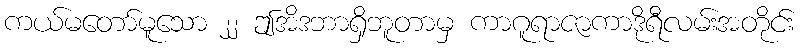
ကယ်မတော်မူသော ၂၂ ဤအိဒဘာရှိဘူတာမှ ကာဂူရာဇာကာဒိုရီလမ်းအတိုင်း